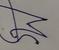
Signature authenticity: forged